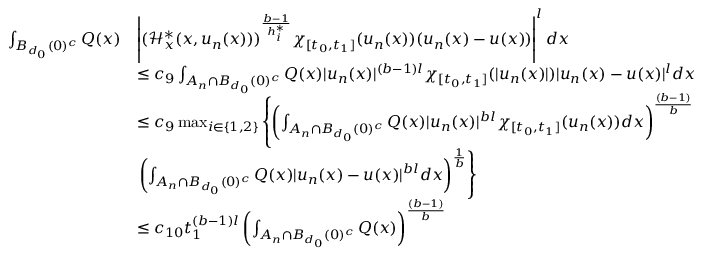
\begin{array} { r l } { \int _ { B _ { d _ { 0 } } ( 0 ) ^ { c } } Q ( x ) } & { \left| ( \mathcal { H } _ { x } ^ { * } ( x , u _ { n } ( x ) ) ) ^ { \frac { b - 1 } { h _ { i } ^ { * } } } \chi _ { [ t _ { 0 } , t _ { 1 } ] } ( u _ { n } ( x ) ) ( u _ { n } ( x ) - u ( x ) ) \right| ^ { l } d x } \\ & { \leq c _ { 9 } \int _ { A _ { n } \cap B _ { d _ { 0 } } ( 0 ) ^ { c } } Q ( x ) | u _ { n } ( x ) | ^ { ( b - 1 ) l } \chi _ { [ t _ { 0 } , t _ { 1 } ] } ( | u _ { n } ( x ) | ) | u _ { n } ( x ) - u ( x ) | ^ { l } d x } \\ & { \leq c _ { 9 } \operatorname* { m a x } _ { i \in \{ 1 , 2 \} } \left\lbrace \left( \int _ { A _ { n } \cap B _ { d _ { 0 } } ( 0 ) ^ { c } } Q ( x ) | u _ { n } ( x ) | ^ { b l } \chi _ { [ t _ { 0 } , t _ { 1 } ] } ( u _ { n } ( x ) ) d x \right) ^ { \frac { ( b - 1 ) } { b } } \right. } \\ & { \left. \left( \int _ { A _ { n } \cap B _ { d _ { 0 } } ( 0 ) ^ { c } } Q ( x ) | u _ { n } ( x ) - u ( x ) | ^ { b l } d x \right) ^ { \frac { 1 } { b } } \right\rbrace } \\ & { \leq c _ { 1 0 } t _ { 1 } ^ { ( b - 1 ) l } \left( \int _ { A _ { n } \cap B _ { d _ { 0 } } ( 0 ) ^ { c } } Q ( x ) \right) ^ { \frac { ( b - 1 ) } { b } } } \end{array}